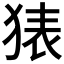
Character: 𰡜